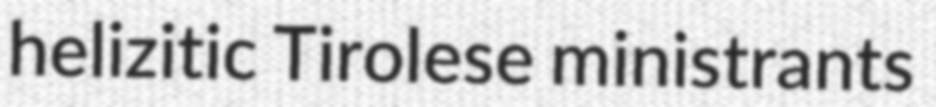
helizitic Tirolese ministrants